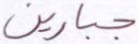
جبارين